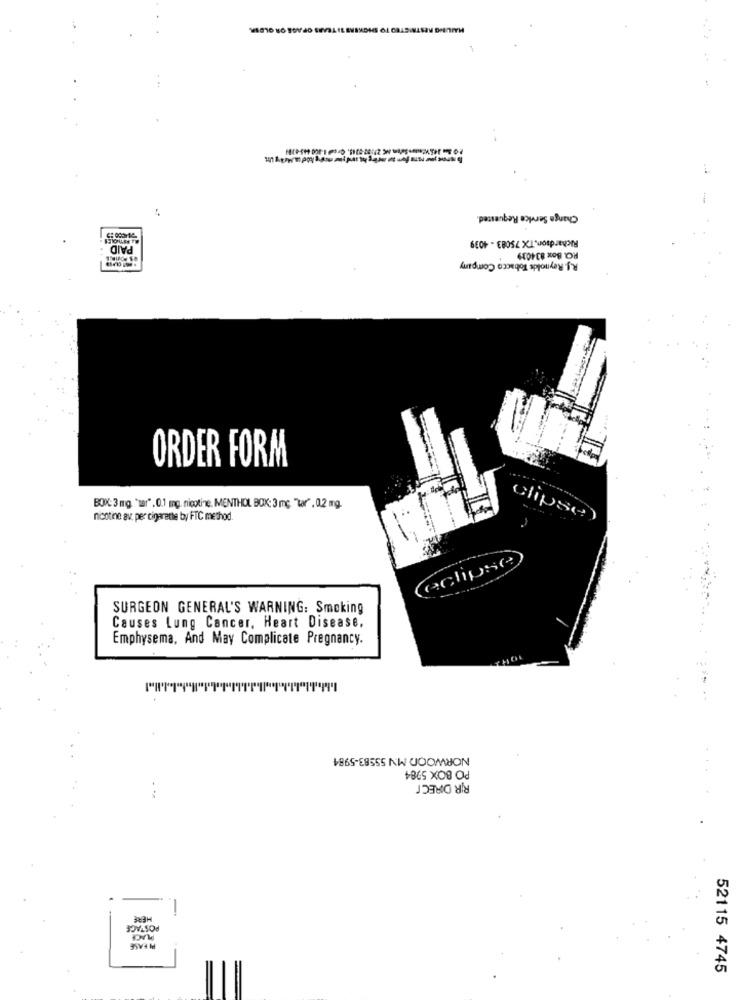
RESTRICTED TO SHCKERS TI TEARS OF AGE OR OLDER.
-
Change Service Requested.
Richardson, TX 75083 - 4039
PAID
R.J. Reynolds Tobacco Company
RO. Box 834039
ORDER FORM
BOX: 3 mg "tar" . 0.1 mg. nicotine, MENTHOL BOX: 3 mc "tar" . 0.2 mg.
nicotine av. per cigarette by FTC method.
Clipse)
SURGEON GENERAL'S WARNING: Smoking
Causes Lung Cancer, Heart Disease,
Emphysema, And May Complicate Pregnancy.
NORWOOD MN 55583-5984
PO BOX 5984
RIR DIRECT
HERE
POSTAGE
PLACE
PI FASE
52115 4745